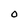
Character: 0